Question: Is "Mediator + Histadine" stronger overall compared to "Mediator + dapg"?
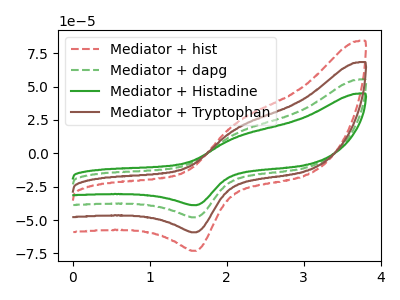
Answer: <think>The red dashed curve "Mediator + hist" has an anodic peak at (2.15V, 46.00uA) and a cathodic peak at (1.60V, -143.75uA). The green dashed curve "Mediator + dapg" has an anodic peak at (2.15V, 15.35uA) and a cathodic peak at (1.60V, -47.90uA). The green curve "Mediator + Histadine" has an anodic peak at (2.15V, 12.40uA) and a cathodic peak at (1.60V, -38.80uA). The brown curve "Mediator + Tryptophan" has an anodic peak at (2.15V, 30.65uA) and a cathodic peak at (1.60V, -95.85uA).
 All the peaks in "Mediator + Histadine" have a peak in "Mediator + dapg" at the same potential. Every peak in "Mediator + Histadine" is lower than every peak in "Mediator + dapg".</think>
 <answer>"Mediator + Histadine" has less signal than "Mediator + dapg".</answer>
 <eval>less_signal</eval>